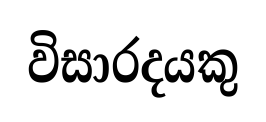
විසාරදයකු